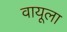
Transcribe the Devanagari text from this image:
वायूला